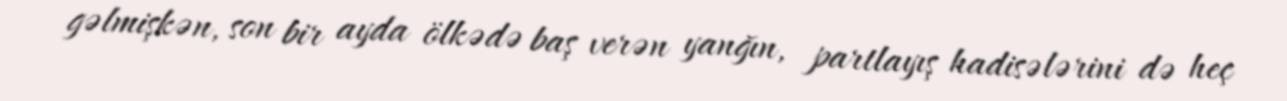
gəlmişkən, son bir ayda ölkədə baş verən yanğın, partlayış hadisələrini də heç